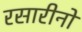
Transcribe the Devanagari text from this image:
रसारीनो